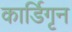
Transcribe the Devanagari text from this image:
कार्डिगृन